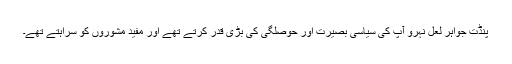
پنڈت جواہر لعل نہرو آپ کی سیاسی بصیرت اور حوصلگی کی بڑی قدر کرتے تھے اور مفید مشوروں کو سراہتے تھے۔